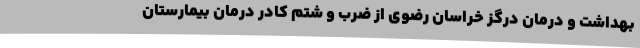
بهداشت و درمان درگز خراسان رضوی از ضرب و شتم کادر درمان بیمارستان